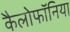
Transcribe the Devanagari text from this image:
कैलोफॉनिया